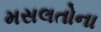
મસલતોના